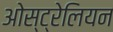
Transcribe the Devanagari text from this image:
ओस्ट्रेलियन